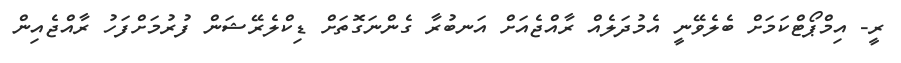
ރީ- އިމްޕޯޓްކަމަށް ބެލެވޭނީ އެމުދަލެއް ރާއްޖެއަށް އަނބުރާ ގެންނަގޮތަށް ޑިކްލެރޭޝަން ފުރުމަށްފަހު ރާއްޖެއިން